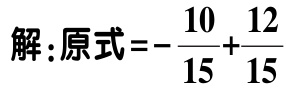
解:原式\(=-\frac{10}{15}+\frac{12}{15}\)